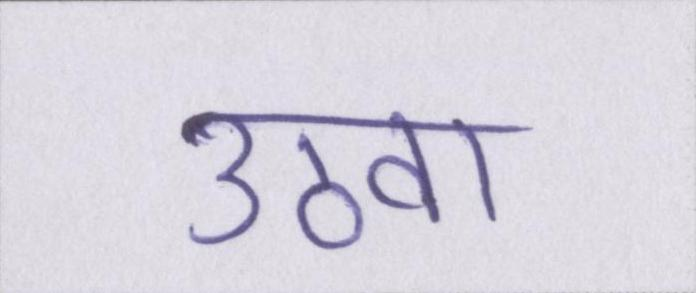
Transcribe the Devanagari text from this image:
उठवा